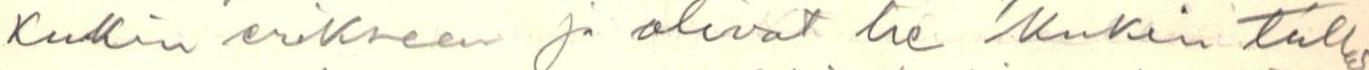
kukin erikseen ja olivat he kukin tulleet